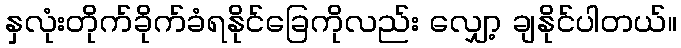
နှလုံးတိုက်ခိုက်ခံရနိုင်ခြေကိုလည်း လျှော့ ချနိုင်ပါတယ်။